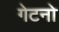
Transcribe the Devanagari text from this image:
गेटनो